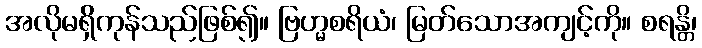
အလိုမရှိကုန်သည်ဖြစ်၍။ ဗြဟ္မစရိယံ၊ မြတ်သောအကျင့်ကို။ စရန္တိ၊